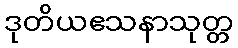
ဒုတိယဧသနာသုတ္တ